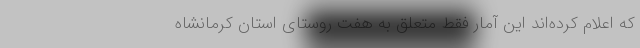
که اعلام کرده‌اند این آمار فقط متعلق به هفت روستای استان کرمانشاه